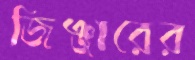
জিঞ্জারের